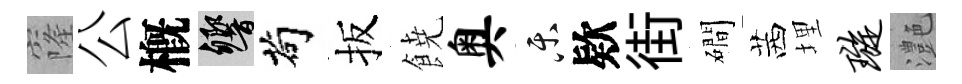
窿公槪響茍扳𩜙奥乐欵街磵茜埋璇灔